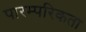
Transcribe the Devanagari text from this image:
पारम्परिकता